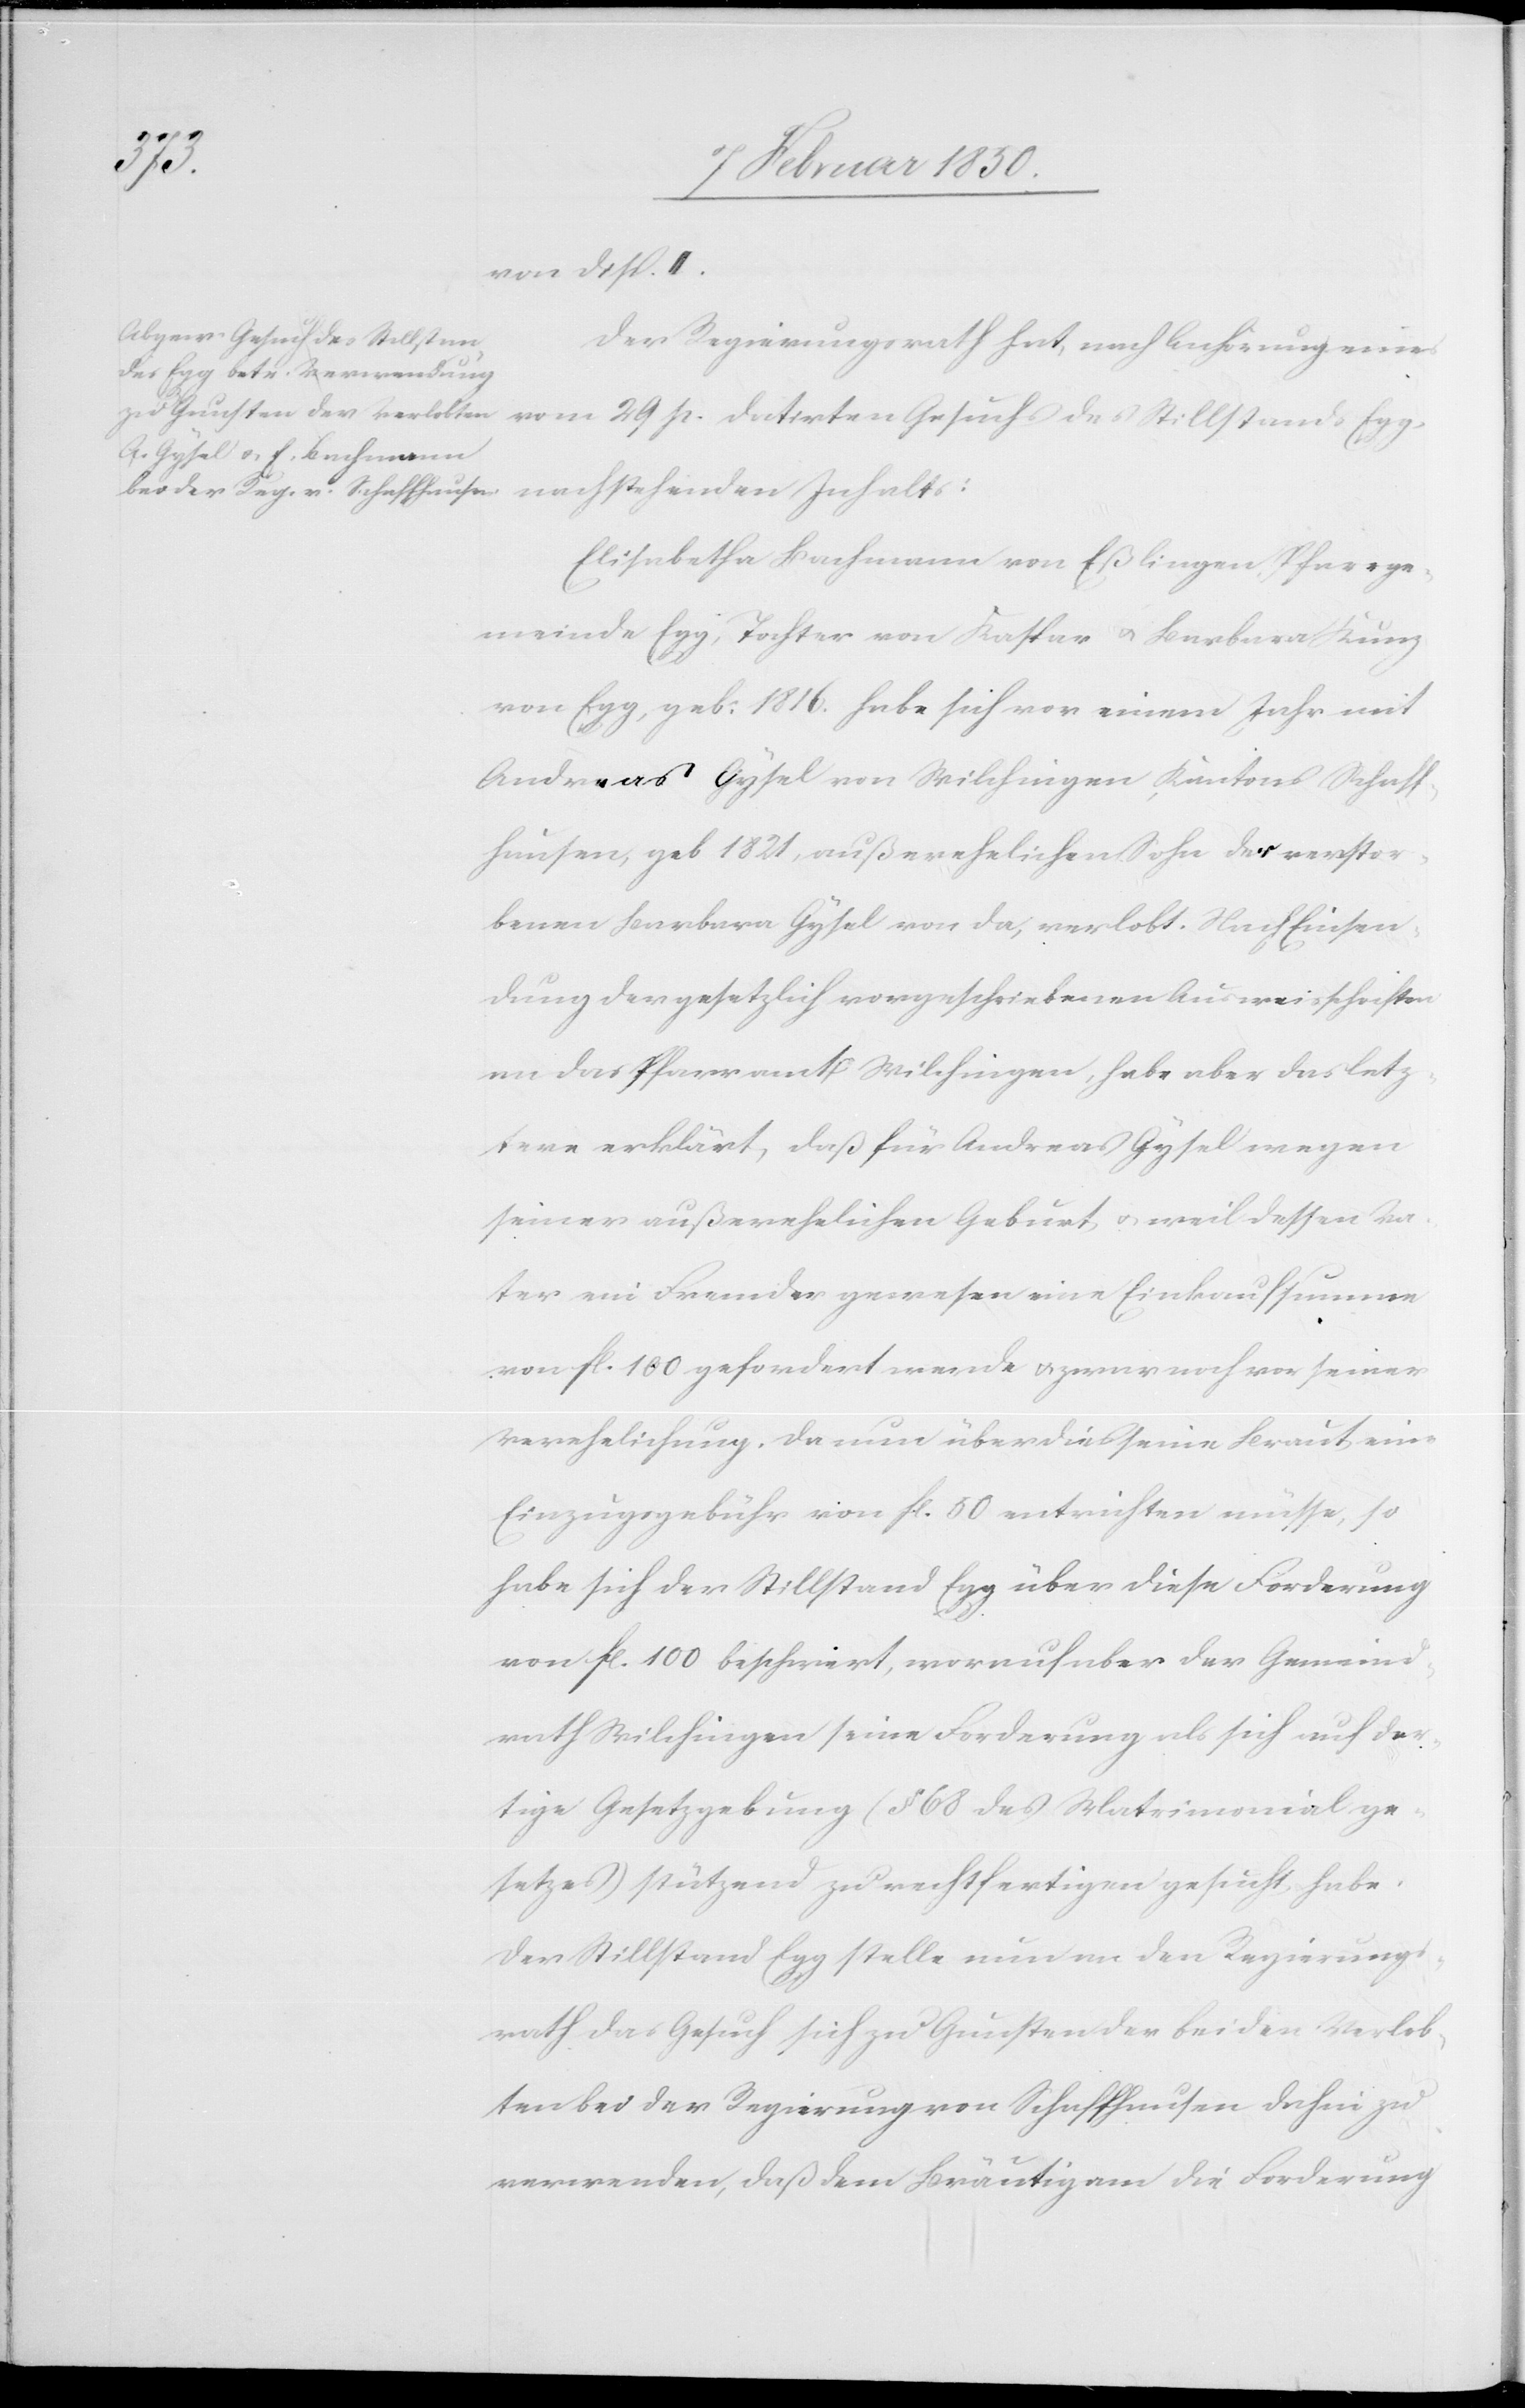
datirt¬
von Disp. II.
en Gesuchs des Stillstands
Der Regierungsrath hat, nach Anhörung eines
Elisabetha Bachmann von Eßlingen Pfarrge¬
meinde Egg, Tochter von Kaspar u. Barbara Kunz
von Egg, geb. 1816. habe sich vor einem Jahr mit
Andreas Gysel von Wilchingen, Kantons Schaff¬
hausen, geb 1821, außerehelichen Sohn der verstor¬
benen Barbara Gysel von da, verlobt. Nach Einsen¬
dung der gesetzlich vorgeschriebenen Ausweisschriften
an das Pfarramt Wilchingen, habe aber das letz¬
tere erklärt, daß für Andreas Gysel wegen
seiner außerehelichen Geburt u. weil dessen Va¬
ter ein Fremder gewesen eine Einkaufsumme
von fl. 100 gefordert werde u. zwar noch vor seiner
Verehelichung. Da nun überdies seine Braut eine
Einzugsgebühr von fl. 50 entrichten müsse, so
habe sich der Stillstand Egg über diese Forderung
von fl. 100 beschwert, worauf aber der Gemeind¬
rath Wilchingen seine Forderung als sich auf der¬
tige Gesetzgebung (§ 68 des Matrimonialge¬
setzes) stützend zu rechtfertigen gesucht habe.
Der Stillstand Egg stelle nun an den Regierungs¬
rath das Gesuch sich zu Gunsten der beiden Verlob¬
ten bei der Regierung von Schaffhausen dahin zu
verwenden, daß dem Bräutigam die Forderung